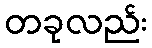
တခုလည်း